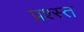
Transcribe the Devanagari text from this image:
प्रश्स्त